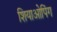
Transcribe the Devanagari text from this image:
शियाओपिंग